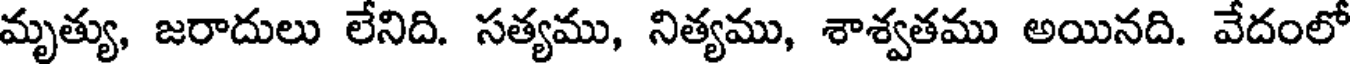
మృత్యు, జరాదులు లేనిది. సత్యము, నిత్యము, శాశ్వతము అయినది. వేదంలో